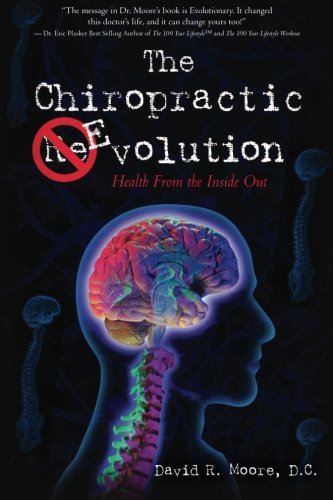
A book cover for The Chiropractic Evolution: Health From the Inside Out; D.C., David R. Moore; Medical Books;